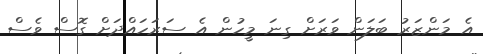
އެ މަންޒަރު ބަލަން ވަރަށް ގިނަ މީހުން އެ ސަރަހައްދަަށް ގޮސް ވެސް